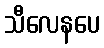
သီလေနပေ